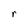
Character: r